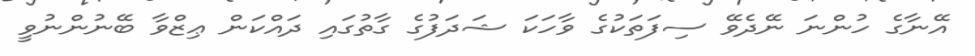
އޭނާގެ ހުންނަ ނޭދެވޭ ސިފަތަކުގެ ވާހަކަ ޝަދަފުގެ ގާތުގައި ދައްކަން ޢިޒްވާ ބޭނުންނުވީ